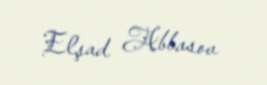
Elşad Abbasov